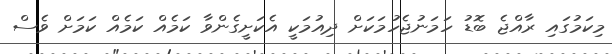
މިކަމުގައި ރާއްޖެ ބޮޑު ހަމަނުޖެހުމަކަށް ދިއުމަކީ އެކަށީގެންވާ ކަމެއް ކަމެއް ކަމަށް ވެސް